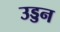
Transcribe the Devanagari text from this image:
उड्डन